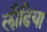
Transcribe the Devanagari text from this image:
लौढि़या